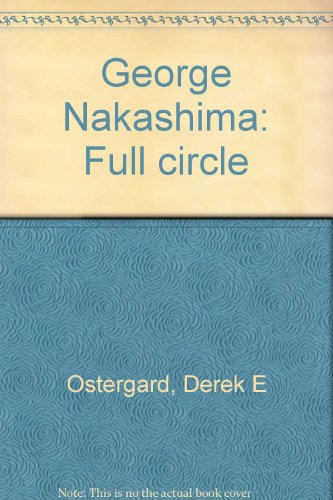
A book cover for George Nakashima: Full circle; Derek E Ostergard; Cookbooks, Food & Wine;